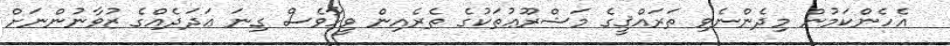
އެހެންކަމުން މިދެންނެވި ތަރައްޤީގެ މަޝްރޫޢުތަކުގެ ތެރެއިން ވީހާވެސް ގިނަ ޢަދަދެއްގެ ޒުވާނުންނަށް